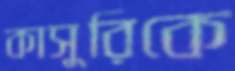
কাসুরিকে